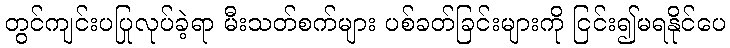
တွင်ကျင်းပပြုလုပ်ခဲ့ရာ မီးသတ်စက်များ ပစ်ခတ်ခြင်းများကို ငြင်း၍မရနိုင်ပေ